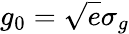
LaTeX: g_{0}=\sqrt{e}\sigma_{g}